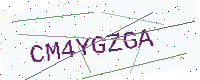
Text: CM4YGZGA